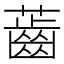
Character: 𧀤